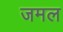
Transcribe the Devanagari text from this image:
जमल